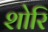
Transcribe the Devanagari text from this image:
शोरि